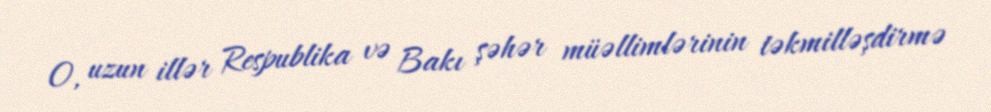
O, uzun illər Respublika və Bakı şəhər müəllimlərinin təkmilləşdirmə